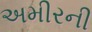
અમીરની